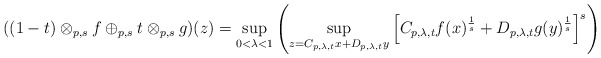
\begin{align*} ((1-t)\otimes_{p,s}f\oplus_{p,s}t\otimes_{p,s} g)(z)= \sup_{0<\lambda< 1}\left( \sup_{z=C_{p,\lambda,t}x + D_{p,\lambda,t}y} \left[C_{p,\lambda,t} f(x)^{\frac{1}{s}} +D_{p,\lambda,t}g(y)^{\frac{1}{s}}\right]^s\right) \end{align*}